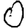
Digit: 0